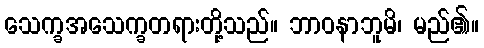
သေက္ခအသေက္ခတရားတို့သည်။ ဘာဝနာဘူမိ၊ မည်၏။